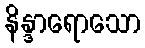
နိန္ဒာရောသော